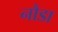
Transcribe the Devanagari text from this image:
नौडा